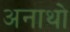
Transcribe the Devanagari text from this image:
अनाथो